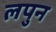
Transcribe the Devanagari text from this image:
लपुन